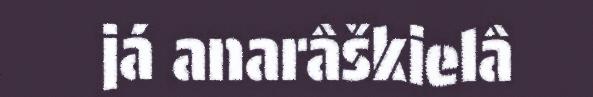
já anarâškielâ